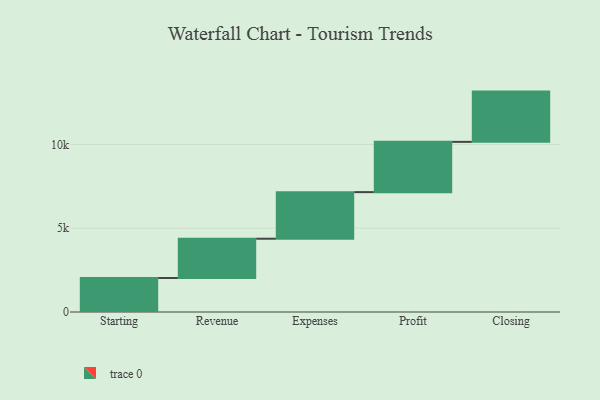
{"axis": {"x": "Step", "y": "Value"}, "legend": [""], "data": [{"x": "Starting", "y": 2029.0, "type": ""}, {"x": "Revenue", "y": 2345.0, "type": ""}, {"x": "Expenses", "y": 2780.0, "type": ""}, {"x": "Profit", "y": 3000, "type": ""}, {"x": "Closing", "y": 3000, "type": ""}]}